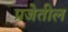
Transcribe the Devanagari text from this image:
प्रजेतील